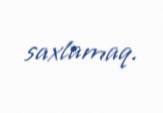
saxlamaq.